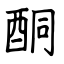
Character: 酮